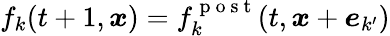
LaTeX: f_{k}(t+1,\boldsymbol{x})=f_{k}^{\mathrm{~p~o~s~t~}}(t,\boldsymbol{x}+\boldsymbol{e}_{k^{\prime}})